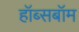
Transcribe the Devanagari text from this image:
हॉब्सबॉम